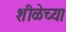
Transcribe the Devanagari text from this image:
शीळेच्या